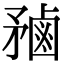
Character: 𪉝